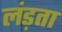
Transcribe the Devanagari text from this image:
लंड़ता